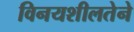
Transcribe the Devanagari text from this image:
विनयशीलतेने